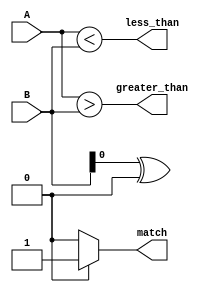
module comparator(
    input [3:0] A,
    input [3:0] B,
    output match,
    output greater_than,
    output less_than
);

wire [3:0] equal_bits;
wire all_bits_equal;

// XOR gates to compare each bit of A and B
xor #4 gate0(A[0], B[0], equal_bits[0]);
xor #4 gate1(A[1], B[1], equal_bits[1]);
xor #4 gate2(A[2], B[2], equal_bits[2]);
xor #4 gate3(A[3], B[3], equal_bits[3]);

// AND gate to ensure all bits are equal
and #4 all_equal(equal_bits, all_bits_equal);

// Greater than and less than logic
assign greater_than = (A > B);
assign less_than = (A < B);

// Multiplexer to select output based on comparison results
assign match = (all_bits_equal) ? 1'b1 : 1'b0;

endmodule